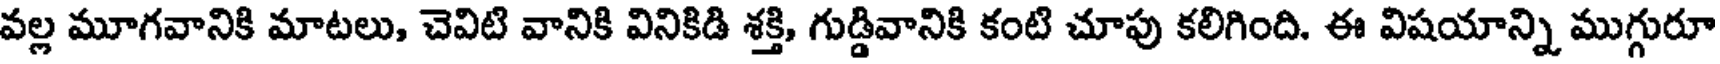
వల్ల మూగవానికి మాటలు, చెవిటి వానికి వినికిడి శక్తి, గుడ్డివానికి కంటి చూపు కలిగింది. ఈ విషయాన్ని ముగ్గురూ